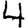
Digit: 4